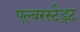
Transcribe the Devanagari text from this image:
एल्बरस्टैड्ट